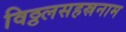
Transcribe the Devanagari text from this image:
विठ्ठलसहस्रनाम